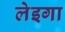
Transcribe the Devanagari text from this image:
लेइगा